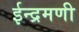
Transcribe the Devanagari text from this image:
ईन्द्रमणी